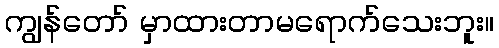
ကျွန်တော် မှာထားတာမရောက်သေးဘူး။